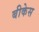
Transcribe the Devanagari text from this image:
बीकेस